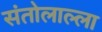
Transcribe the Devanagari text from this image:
संतोलाल्ला